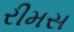
રીમસ